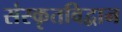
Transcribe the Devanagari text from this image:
संस्कृतविद्वान